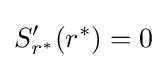
S'_{r^{*}}(r^{*})=0